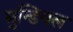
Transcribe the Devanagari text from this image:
मुन्डियल